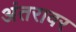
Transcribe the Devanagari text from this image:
अंतरावर